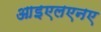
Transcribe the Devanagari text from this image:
आइएलएनए